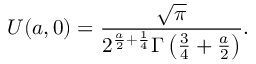
U ( a , 0 ) = \frac { \sqrt { \pi } } { 2 ^ { \frac { a } { 2 } + \frac { 1 } { 4 } } \Gamma \left( \frac { 3 } { 4 } + \frac { a } { 2 } \right) } .